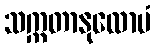
သက္ကတာနုလောမံ